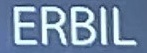
ERBIL